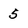
Character: 5